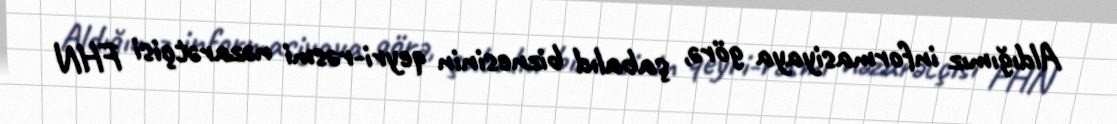
Aldığımız informasiyaya görə, şabalıd biznesinin qeyri-rəsmi nəzarətçisi FHN